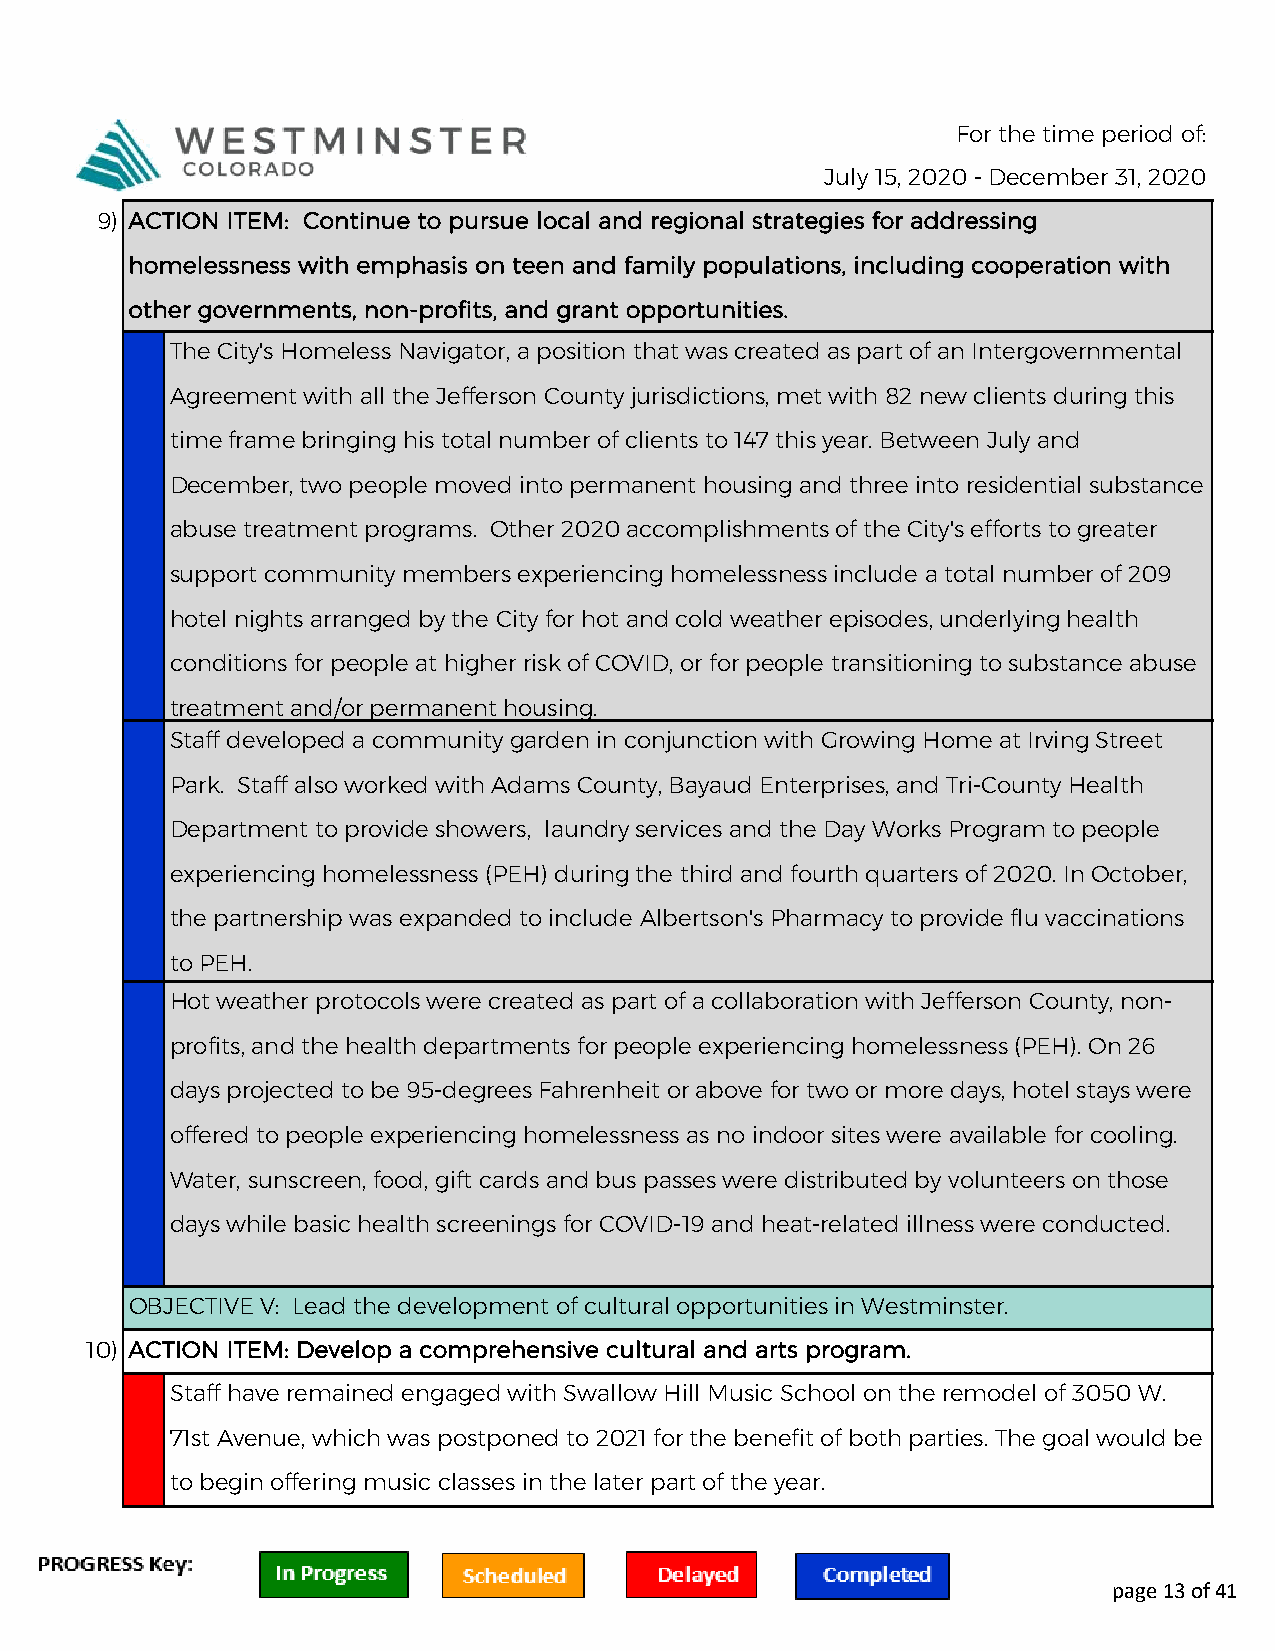
For the time period of:
 July 15, 2020 - December 31, 2020
 9) ACTION ITEM: Continue to pursue local and regional strategies for addressing
 homelessness with emphasis on teen and family populations, including cooperation with
 other governments, non-profits, and grant opportunities.
 The City's Homeless Navigator, a position that was created as part of an Intergovernmental
 Agreement with all the Jefferson County jurisdictions, met with 82 new clients during this
 time frame bringing his total number of clients to 147 this year. Between July and
 December, two people moved into permanent housing and three into residential substance
 abuse treatment programs. Other 2020 accomplishments of the City's efforts to greater
 support community members experiencing homelessness include a total number of 209
 hotel nights arranged by the City for hot and cold weather episodes, underlying health
 conditions for people at higher risk of COVID, or for people transitioning to substance abuse
 treatment and/or permanent housing.
 Staff developed a community garden in conjunction with Growing Home at Irving Street
 Park. Staff also worked with Adams County, Bayaud Enterprises, and Tri-County Health
 Department to provide showers, laundry services and the Day Works Program to people
 experiencing homelessness (PEH) during the third and fourth quarters of 2020. In October,
 the partnership was expanded to include Albertson's Pharmacy to provide flu vaccinations
 to PEH.
 Hot weather protocols were created as part of a collaboration with Jefferson County, non-
 profits, and the health departments for people experiencing homelessness (PEH). On 26
 days projected to be 95-degrees Fahrenheit or above for two or more days, hotel stays were
 offered to people experiencing homelessness as no indoor sites were available for cooling.
 Water, sunscreen, food, gift cards and bus passes were distributed by volunteers on those
 days while basic health screenings for COVID-19 and heat-related illness were conducted.
 OBJECTIVE V: Lead the development of cultural opportunities in Westminster.
 10) ACTION ITEM: Develop a comprehensive cultural and arts program.
 Staff have remained engaged with Swallow Hill Music School on the remodel of 3050 W.
 71st Avenue, which was postponed to 2021 for the benefit of both parties. The goal would be
 to begin offering music classes in the later part of the year.
 page 13 of 41